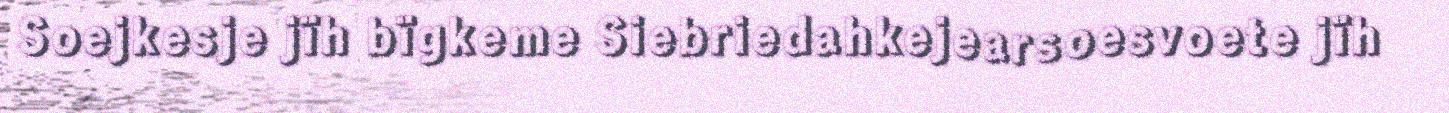
Soejkesje jïh bïgkeme Siebriedahkejearsoesvoete jïh